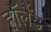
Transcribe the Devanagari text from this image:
हाॅलैंड